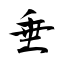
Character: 垂